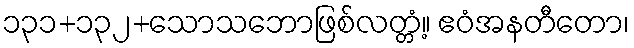
၁၃၁+၁၃၂+သောသဘောဖြစ်လတ္တံ့။ ဧဝံအနတီတော၊